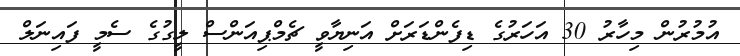
އުމުރުން މިހާރު 30 އަހަރުގެ ޑިފެންޑަރަށް އަނިޔާވީ ޗެމްޕިއަންސް ލީގުގެ ސެމީ ފައިނަލް